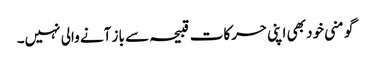
گو منی خود بھی اپنی حرکات قبیحہ سے باز آنے والی نہیں۔